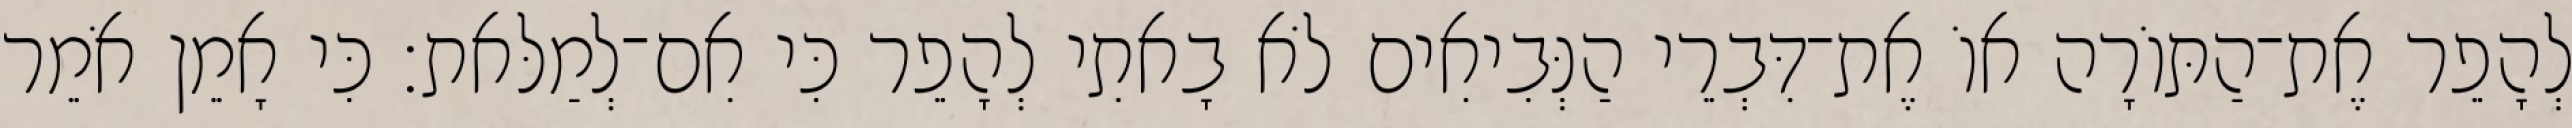
לְהָפֵר אֶת־הַתּוֹרָה אוֹ אֶת־דִּבְרֵי הַנְּבִיאִים לֹא בָאתִי לְהָפֵר כִּי אִם־לְמַלּאת׃ כִּי אָמֵן אֹמֵר